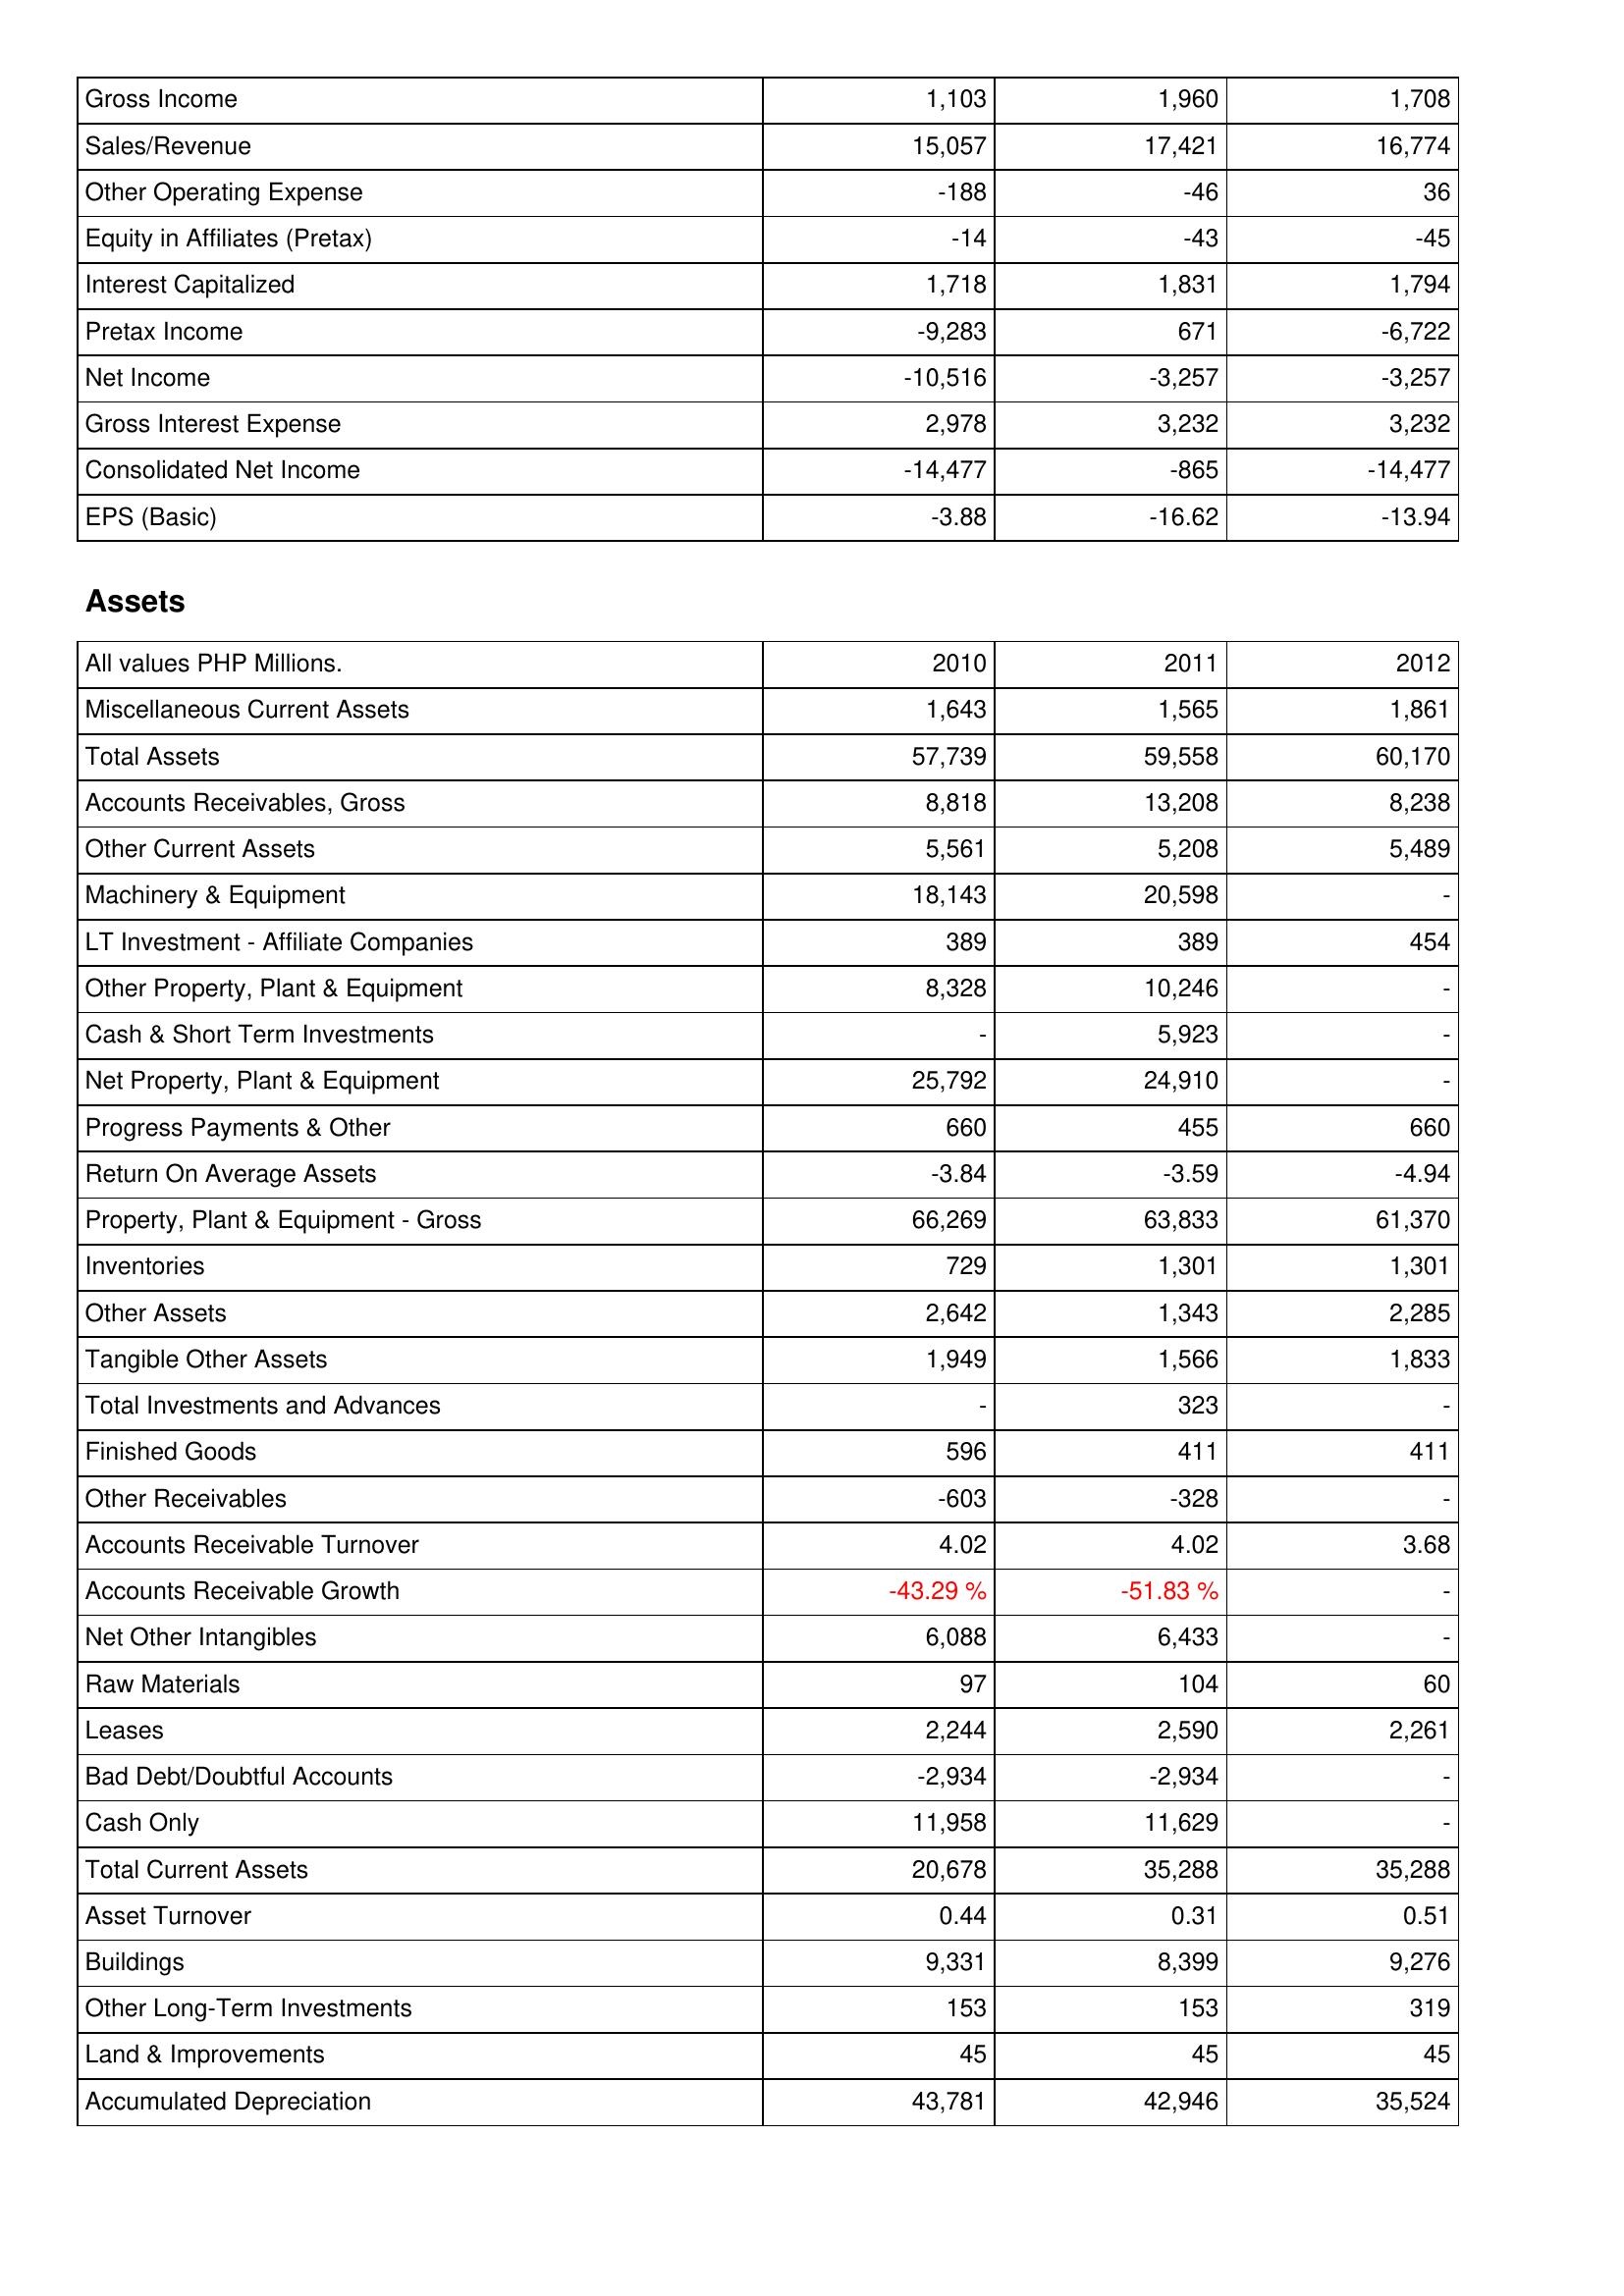
2010: Income Statement: Gross Income: 1,103
Sales/Revenue: 15,057
Other Operating Expense: -188
Equity in Affiliates (Pretax): -14
Interest Capitalized: 1,718
Pretax Income: -9,283
Net Income: -10,516
Gross Interest Expense: 2,978
Consolidated Net Income: -14,477
EPS (Basic): -3.88
Assets: Miscellaneous Current Assets: 1,643
Total Assets: 57,739
Accounts Receivables, Gross: 8,818
Other Current Assets: 5,561
Machinery & Equipment: 18,143
LT Investment - Affiliate Companies: 389
Other Property, Plant & Equipment: 8,328
Cash & Short Term Investments: -
Net Property, Plant & Equipment: 25,792
Progress Payments & Other: 660
Return On Average Assets: -3.84
Property, Plant & Equipment - Gross: 66,269
Inventories: 729
Other Assets: 2,642
Tangible Other Assets: 1,949
Total Investments and Advances: -
Finished Goods: 596
Other Receivables: -603
Accounts Receivable Turnover: 4.02
Accounts Receivable Growth: -43.29 %
Net Other Intangibles: 6,088
Raw Materials: 97
Leases: 2,244
Bad Debt/Doubtful Accounts: -2,934
Cash Only: 11,958
Total Current Assets: 20,678
Asset Turnover: 0.44
Buildings: 9,331
Other Long-Term Investments: 153
Land & Improvements: 45
Accumulated Depreciation: 43,781
2011: Income Statement: Gross Income: 1,960
Sales/Revenue: 17,421
Other Operating Expense: -46
Equity in Affiliates (Pretax): -43
Interest Capitalized: 1,831
Pretax Income: 671
Net Income: -3,257
Gross Interest Expense: 3,232
Consolidated Net Income: -865
EPS (Basic): -16.62
Assets: Miscellaneous Current Assets: 1,565
Total Assets: 59,558
Accounts Receivables, Gross: 13,208
Other Current Assets: 5,208
Machinery & Equipment: 20,598
LT Investment - Affiliate Companies: 389
Other Property, Plant & Equipment: 10,246
Cash & Short Term Investments: 5,923
Net Property, Plant & Equipment: 24,910
Progress Payments & Other: 455
Return On Average Assets: -3.59
Property, Plant & Equipment - Gross: 63,833
Inventories: 1,301
Other Assets: 1,343
Tangible Other Assets: 1,566
Total Investments and Advances: 323
Finished Goods: 411
Other Receivables: -328
Accounts Receivable Turnover: 4.02
Accounts Receivable Growth: -51.83 %
Net Other Intangibles: 6,433
Raw Materials: 104
Leases: 2,590
Bad Debt/Doubtful Accounts: -2,934
Cash Only: 11,629
Total Current Assets: 35,288
Asset Turnover: 0.31
Buildings: 8,399
Other Long-Term Investments: 153
Land & Improvements: 45
Accumulated Depreciation: 42,946
2012: Income Statement: Gross Income: 1,708
Sales/Revenue: 16,774
Other Operating Expense: 36
Equity in Affiliates (Pretax): -45
Interest Capitalized: 1,794
Pretax Income: -6,722
Net Income: -3,257
Gross Interest Expense: 3,232
Consolidated Net Income: -14,477
EPS (Basic): -13.94
Assets: Miscellaneous Current Assets: 1,861
Total Assets: 60,170
Accounts Receivables, Gross: 8,238
Other Current Assets: 5,489
Machinery & Equipment: -
LT Investment - Affiliate Companies: 454
Other Property, Plant & Equipment: -
Cash & Short Term Investments: -
Net Property, Plant & Equipment: -
Progress Payments & Other: 660
Return On Average Assets: -4.94
Property, Plant & Equipment - Gross: 61,370
Inventories: 1,301
Other Assets: 2,285
Tangible Other Assets: 1,833
Total Investments and Advances: -
Finished Goods: 411
Other Receivables: -
Accounts Receivable Turnover: 3.68
Accounts Receivable Growth: -
Net Other Intangibles: -
Raw Materials: 60
Leases: 2,261
Bad Debt/Doubtful Accounts: -
Cash Only: -
Total Current Assets: 35,288
Asset Turnover: 0.51
Buildings: 9,276
Other Long-Term Investments: 319
Land & Improvements: 45
Accumulated Depreciation: 35,524